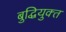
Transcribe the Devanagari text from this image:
बुद्धियुक्‍त